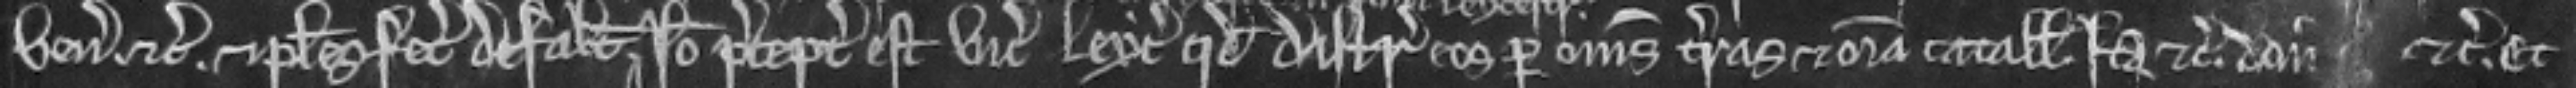
veniunt etc. et plures fecerunt defaltas. Ideo preceptum est vicecomiti Leyc quod distringat eos per omnes terras et omnia catalla. Ita etc. donec etc. Et